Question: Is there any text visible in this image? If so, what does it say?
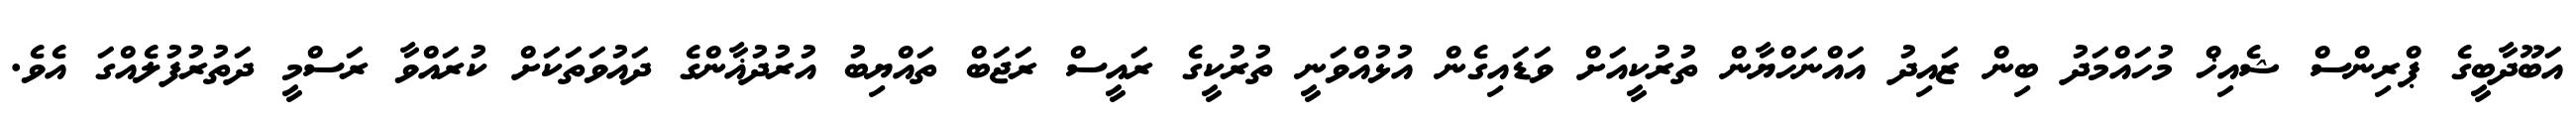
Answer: އަބޫދާބީގެ ޕްރިންސް ޝެއިޚް މުހައްމަދު ބިން ޒައިދު އައްނަހްޔާން ތުރުކީއަށް ވަޑައިގެން އުޅުއްވަނީ ތުރުކީގެ ރައީސް ރަޖަބް ތައްޔިބު އުރުދުޣާންގެ ދައުވަތަކަށް ކުރައްވާ ރަސްމީ ދަތުރުފުލެއްގަ އެވެ.